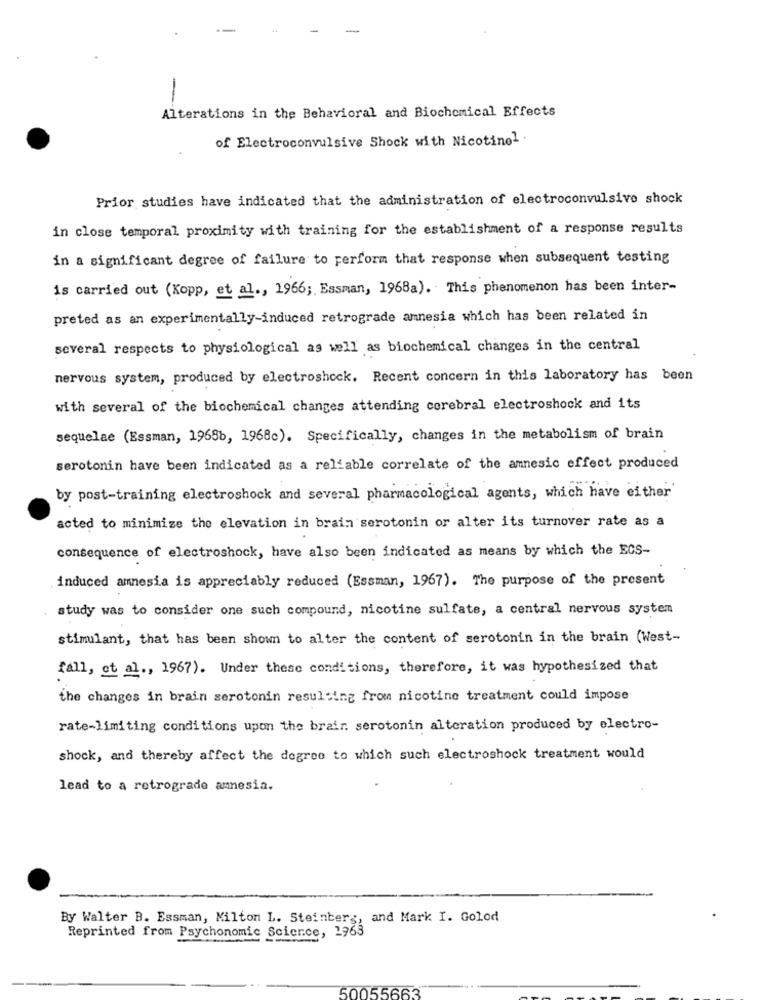
-
Alterations in the Behavioral and Biochemical Effects
of Electroconvulsive Shock with Nicotine1 .
Prior studies have indicated that the administration of electroconvulsive shock
in close temporal proximity with training for the establishment of a response results
in a significant degree of failure to perform that response when subsequent testing
is carried out (Kopp, et al ., 1966; Essman, 1968a). This phenomenon has been inter-
preted as an experimentally-induced retrograde amnesia which has been related in
several respects to physiological as well as biochemical changes in the central
nervous system, produced by electroshock. Recent concern in this laboratory has been
with several of the biochemical changes attending cerebral electroshock and its
sequelae (Essman, 1968b, 1968c). Specifically, changes in the metabolism of brain
serotonin have been indicated as a reliable correlate of the amnesic effect produced
by post-training electroshock and several pharmacological agents, which have either'
acted to minimize the elevation in brain serotonin or alter its turnover rate as a
consequence of electroshock, have also been indicated as means by which the ECS-
induced amnesia is appreciably reduced (Essman, 1967). The purpose of the present
study was to consider one such compound, nicotine sulfate, a central nervous system
stimulant, that has been shown to alter the content of serotonin in the brain (West-
fall, et al ., 1967). Under these conditions, therefore, it was hypothesized that
the changes in brain serotonin resulting from nicotine treatment could impose
rate-limiting conditions upon the brain serotonin alteration produced by electro-
shock, and thereby affect the degree to which such electroshock treatment would
lead to a retrograde amnesia.
By Walter B. Essman, Milton L. Steinberg, and Mark I. Golod
Reprinted from Psychonomic Science, 1963
50055663